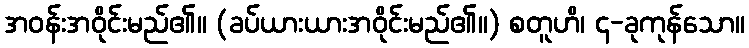
အဝန်းအဝိုင်းမည်၏။ (ခပ်ယားယားအဝိုင်းမည်၏။) စတူဟိ၊ ၄-ခုကုန်သော။